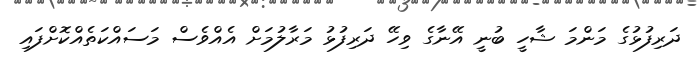
ދަރިފުޅުގެ މަންމަ ޝާހީ ބުނީ އޭނާގެ ވިހޭ ދަރިފުޅު މަރާލުމަށް އެއްވެސް މަސައްކަތެއްކޮށްފައި